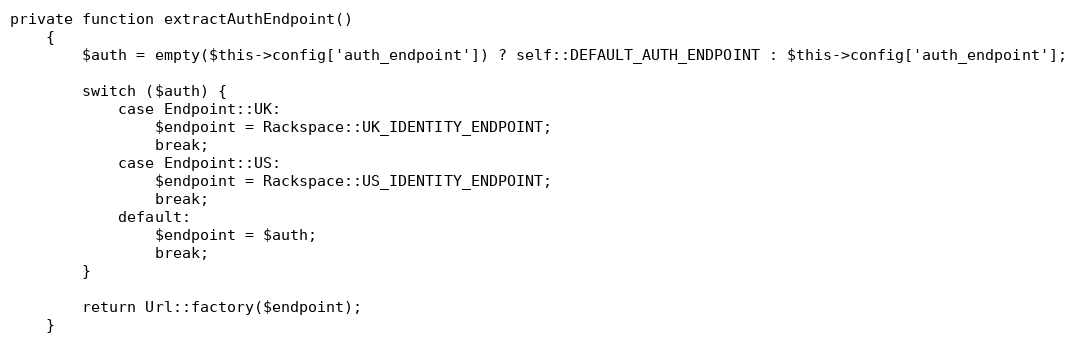
Language: PHP
private function extractAuthEndpoint()
    {
        $auth = empty($this->config['auth_endpoint']) ? self::DEFAULT_AUTH_ENDPOINT : $this->config['auth_endpoint'];

        switch ($auth) {
            case Endpoint::UK:
                $endpoint = Rackspace::UK_IDENTITY_ENDPOINT;
                break;
            case Endpoint::US:
                $endpoint = Rackspace::US_IDENTITY_ENDPOINT;
                break;
            default:
                $endpoint = $auth;
                break;
        }

        return Url::factory($endpoint);
    }